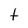
Character: t